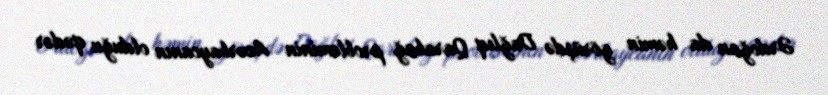
Ərdoğan da həmin görüşdə Dağlıq Qarabağ probleminin Azərbaycanın olduğu qədər